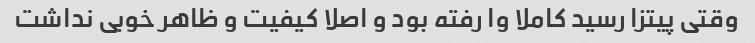
وقتی پیتزا رسید کاملا وا رفته بود و اصلا کیفیت و ظاهر خوبی نداشت